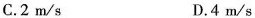
C.2m/s D.4m/s